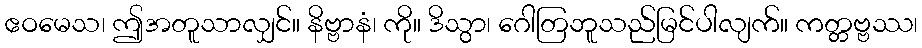
ဧဝမေသ၊ ဤအတူသာလျှင်။ နိဗ္ဗာနံ၊ ကို။ ဒိသွာ၊ ဂေါတြဘူသည်မြင်ပါလျက်။ ကတ္တဗ္ဗဿ၊